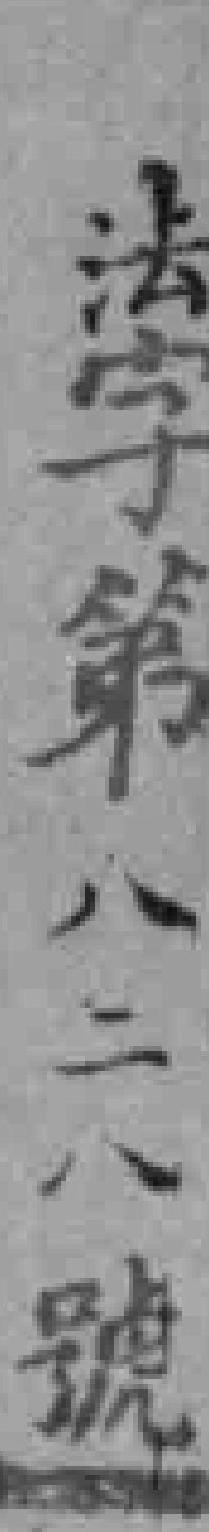
法字第八二八號